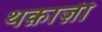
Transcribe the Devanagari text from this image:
थक़ाज़ी